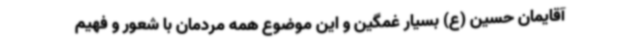
آقایمان حسین (ع) بسیار غمگین و این موضوع همه مردمان با شعور و فهیم